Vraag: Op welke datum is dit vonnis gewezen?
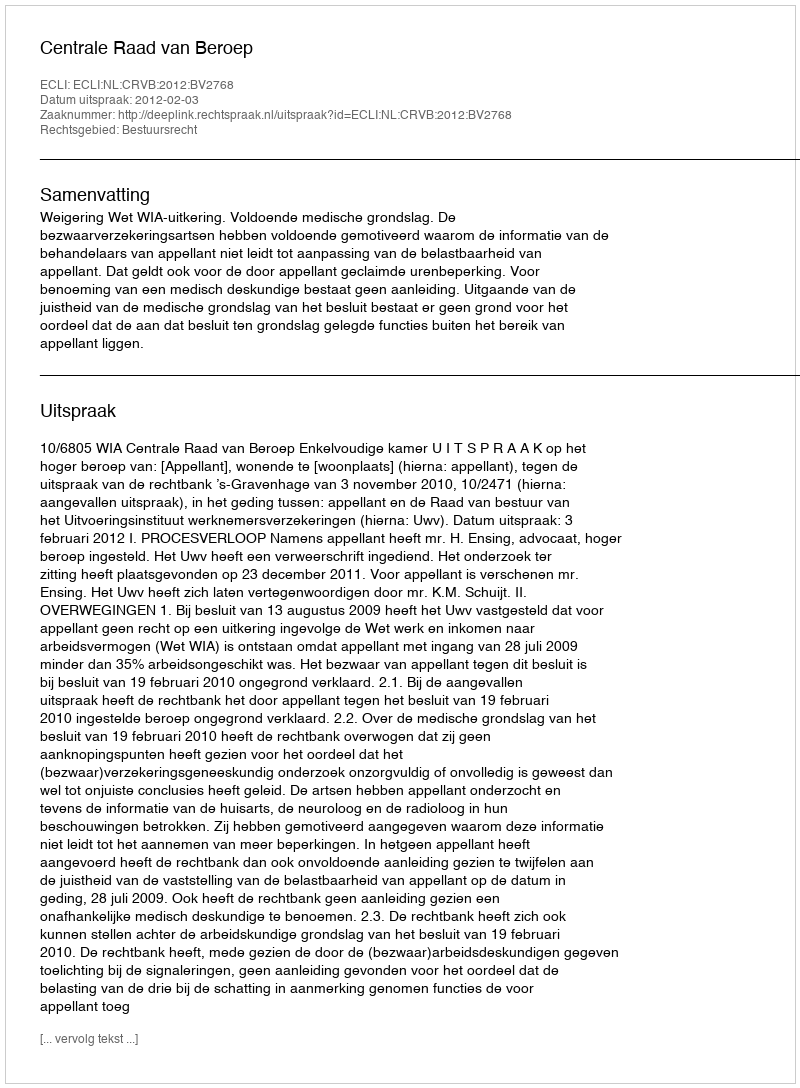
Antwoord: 2012-02-03